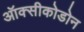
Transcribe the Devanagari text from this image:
ऑक्सीकोडोन